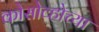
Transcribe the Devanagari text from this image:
कोसोव्होच्या